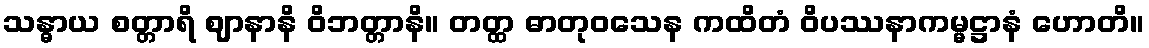
သန္ဓာယ စတ္တာရိ ဈာနာနိ ဝိဘတ္တာနိ။ တတ္ထ ဓာတုဝသေန ကထိတံ ဝိပဿနာကမ္မဋ္ဌာနံ ဟောတိ။